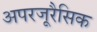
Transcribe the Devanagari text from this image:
अपरजूरैसिक